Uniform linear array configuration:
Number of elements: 16
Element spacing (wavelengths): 1
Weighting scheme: cosine
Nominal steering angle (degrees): -45
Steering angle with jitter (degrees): -44.96
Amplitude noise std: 0.05
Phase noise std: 0.05

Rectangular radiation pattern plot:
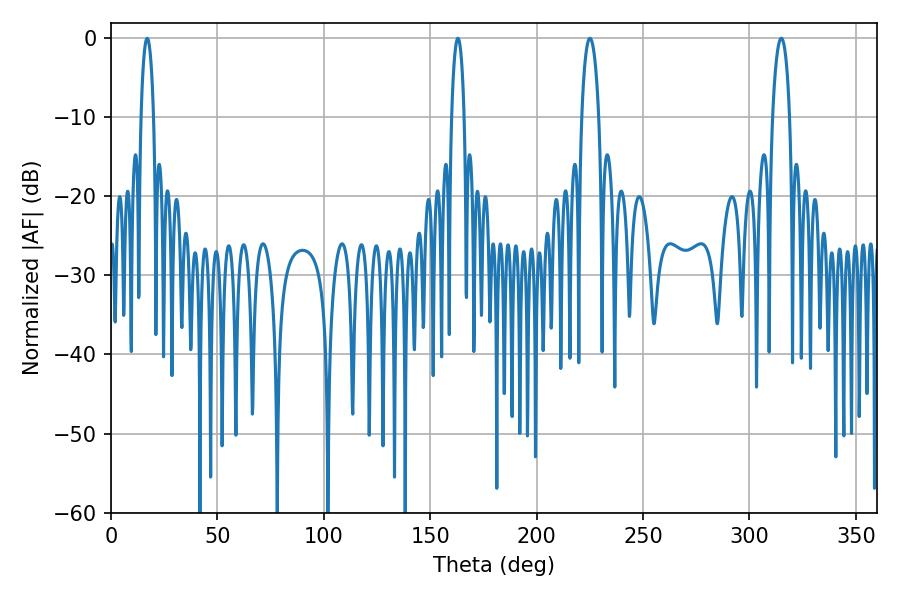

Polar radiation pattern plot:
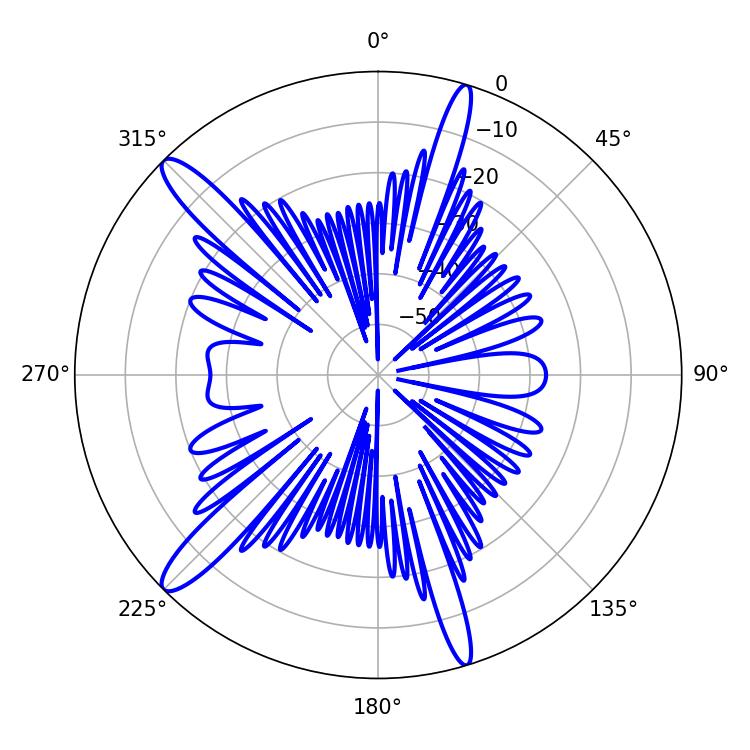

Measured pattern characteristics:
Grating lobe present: TRUE
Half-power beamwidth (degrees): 4.5
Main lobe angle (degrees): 225